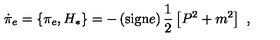
\dot { \pi } _ { e } = \{ \pi _ { e } , H _ { * } \} = - \left( \mathrm { s i g n } e \right) \frac { 1 } { 2 } \left[ P ^ { 2 } + m ^ { 2 } \right] \ ,